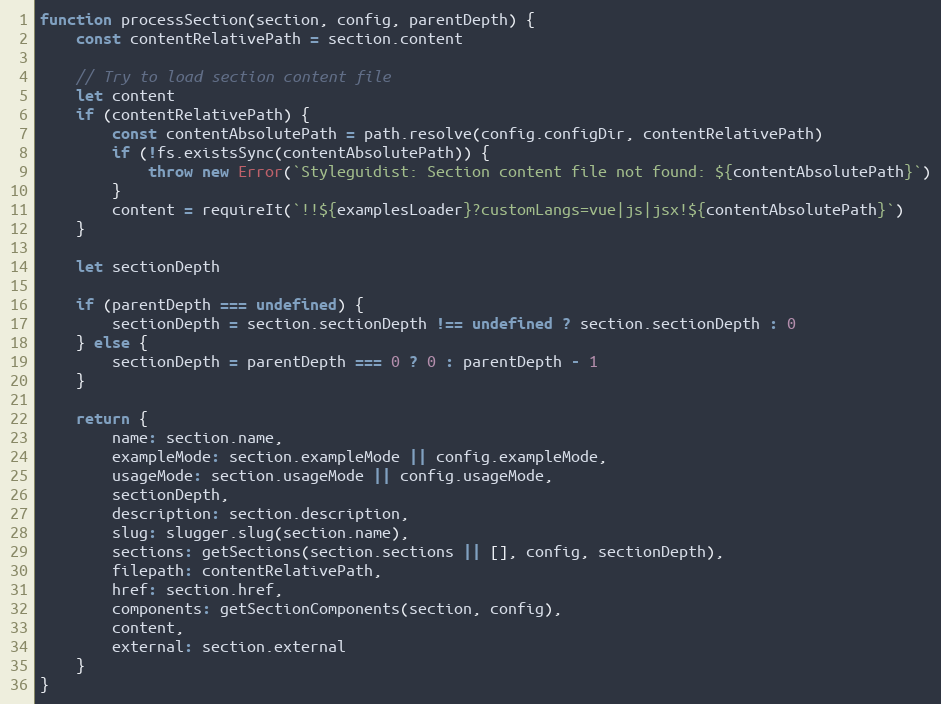
Language: JavaScript
function processSection(section, config, parentDepth) {
	const contentRelativePath = section.content

	// Try to load section content file
	let content
	if (contentRelativePath) {
		const contentAbsolutePath = path.resolve(config.configDir, contentRelativePath)
		if (!fs.existsSync(contentAbsolutePath)) {
			throw new Error(`Styleguidist: Section content file not found: ${contentAbsolutePath}`)
		}
		content = requireIt(`!!${examplesLoader}?customLangs=vue|js|jsx!${contentAbsolutePath}`)
	}

	let sectionDepth

	if (parentDepth === undefined) {
		sectionDepth = section.sectionDepth !== undefined ? section.sectionDepth : 0
	} else {
		sectionDepth = parentDepth === 0 ? 0 : parentDepth - 1
	}

	return {
		name: section.name,
		exampleMode: section.exampleMode || config.exampleMode,
		usageMode: section.usageMode || config.usageMode,
		sectionDepth,
		description: section.description,
		slug: slugger.slug(section.name),
		sections: getSections(section.sections || [], config, sectionDepth),
		filepath: contentRelativePath,
		href: section.href,
		components: getSectionComponents(section, config),
		content,
		external: section.external
	}
}